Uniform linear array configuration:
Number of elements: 16
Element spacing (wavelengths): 0.25
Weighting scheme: uniform
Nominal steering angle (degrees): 15
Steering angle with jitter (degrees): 14.23
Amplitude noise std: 0.05
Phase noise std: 0.05

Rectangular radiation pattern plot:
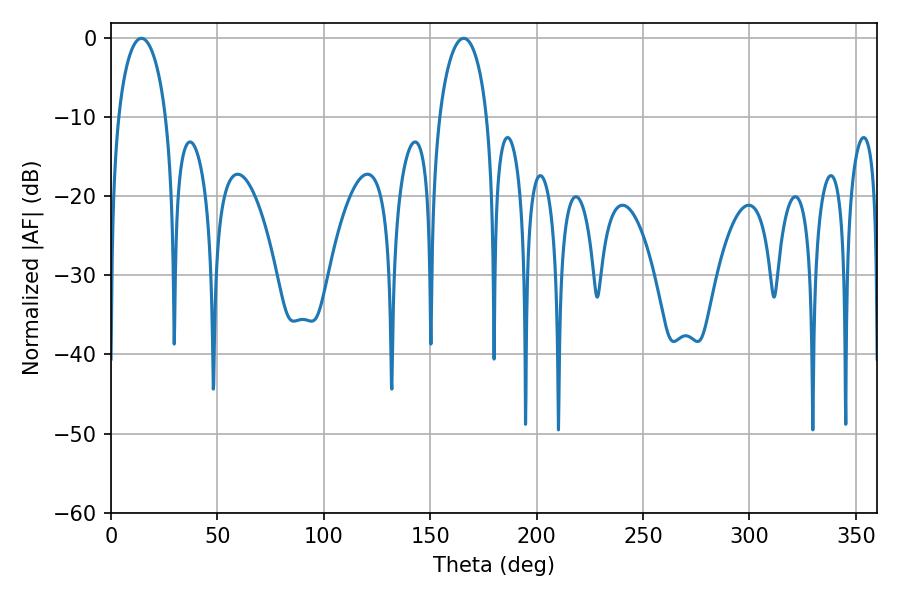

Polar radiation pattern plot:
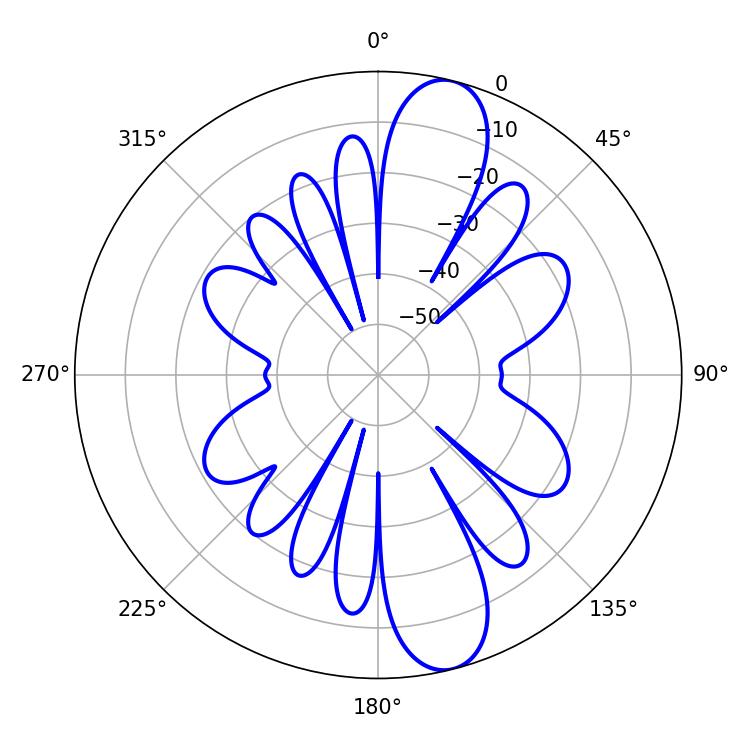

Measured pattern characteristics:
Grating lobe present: FALSE
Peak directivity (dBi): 12.036
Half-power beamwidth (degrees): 12.96
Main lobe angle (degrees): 14.22